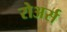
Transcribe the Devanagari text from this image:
रोअर्स